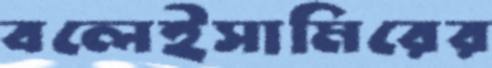
বলেইসামিরের